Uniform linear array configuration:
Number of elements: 32
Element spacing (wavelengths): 0.25
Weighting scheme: exponential
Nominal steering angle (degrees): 0
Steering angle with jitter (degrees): -1.255
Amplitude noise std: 0.05
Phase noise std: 0.05

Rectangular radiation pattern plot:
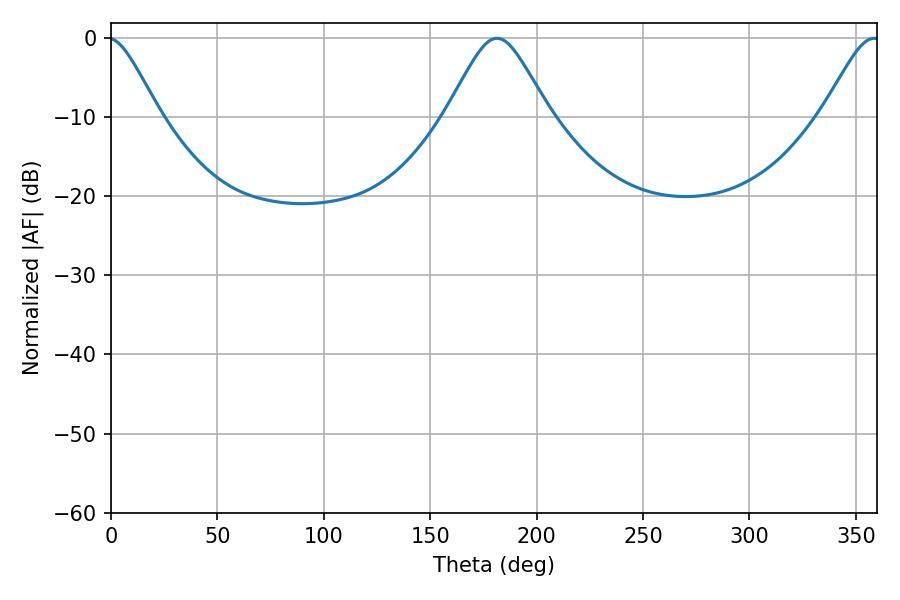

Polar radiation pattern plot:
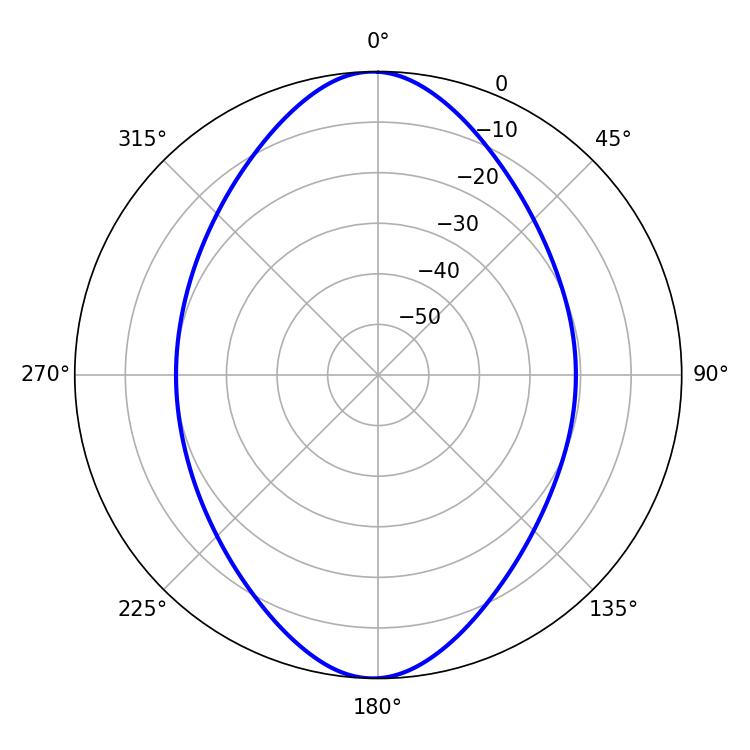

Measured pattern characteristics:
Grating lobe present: FALSE
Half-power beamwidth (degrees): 23.4
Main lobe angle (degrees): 181.44